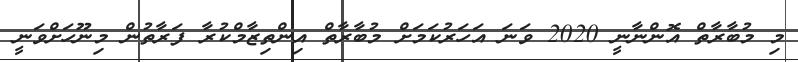
މި މުބާރާތް އޮންނާނީ 2020 ވަނަ އަހަރުކަމަށް މުބާރާތް އިންތިޒާމްކުރާ ފަރާތުން މިނޫހަށްވަނީ